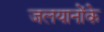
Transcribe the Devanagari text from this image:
जलयानोंके